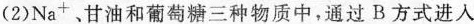
(2)Na_{+}、甘油和葡萄糖三种物质中，通过B方式进入